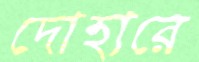
দোহারে